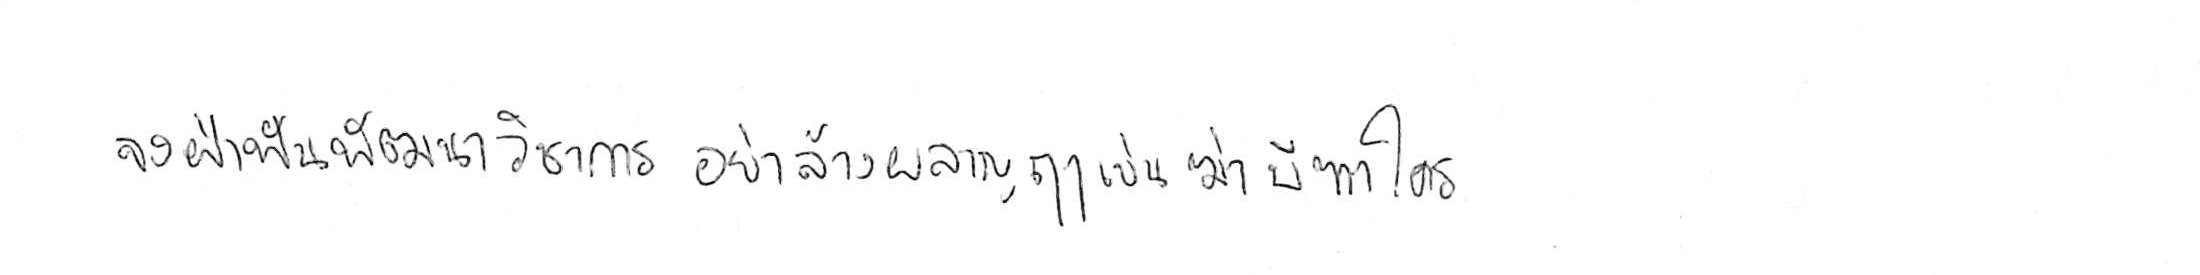
จงฝ่าฟันพัฒนาวิชาการ อย่าล้างผลาญฤๅเข่นฆ่าบีฑาใคร